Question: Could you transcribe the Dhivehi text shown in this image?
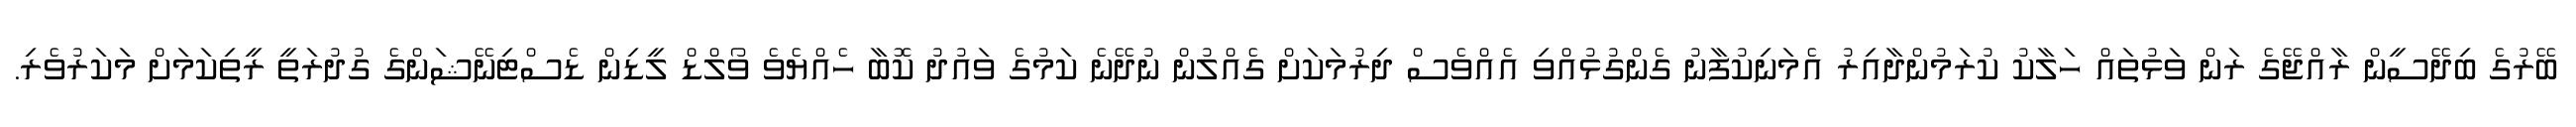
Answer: ބޭރުގެ ބިދޭސީން ރާއްޖޭގެ ރަން ވަޅުތައް ހަލާކު ކުރަމުންދާއިރު އެމަނިކުފާނު ގެންގުޅުއްވި އެއްވެސް ދިރުމަކަށް ގެއްލުން ނުދޭނެ ކަމުގެ ވައުދު ކޮބާ ހެއްޔެވެ ވޯލްޑް ލީޑިން ޑެސްޓިނޭޝަންގެ ގުދުރަތީ ރީތިކަމަށް މަކަރުވެރި.